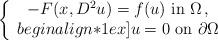
LaTeX: \begin{align*}\left\{\begin{array}{c}-F(x, D^2u)= f(u)\hbox{ in } \Omega\, ,\\begin{align*}1ex]u=0 \hbox{ on } \partial \Omega\end{array}\right.\end{align*}